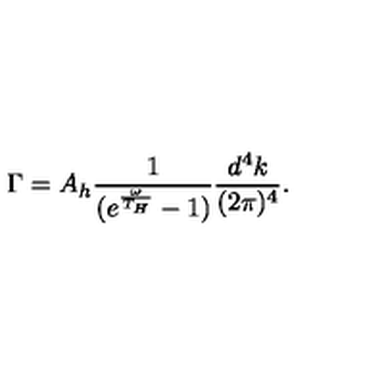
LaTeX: \Gamma = A _ { h } \frac { 1 } { ( e ^ { \frac { \omega } { T _ { H } } } - 1 ) } \frac { d ^ { 4 } k } { ( 2 \pi ) ^ { 4 } } .